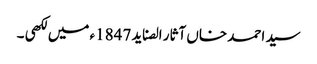
سید احمد خاں آثار الصناید 1847ء میں لکھی ۔